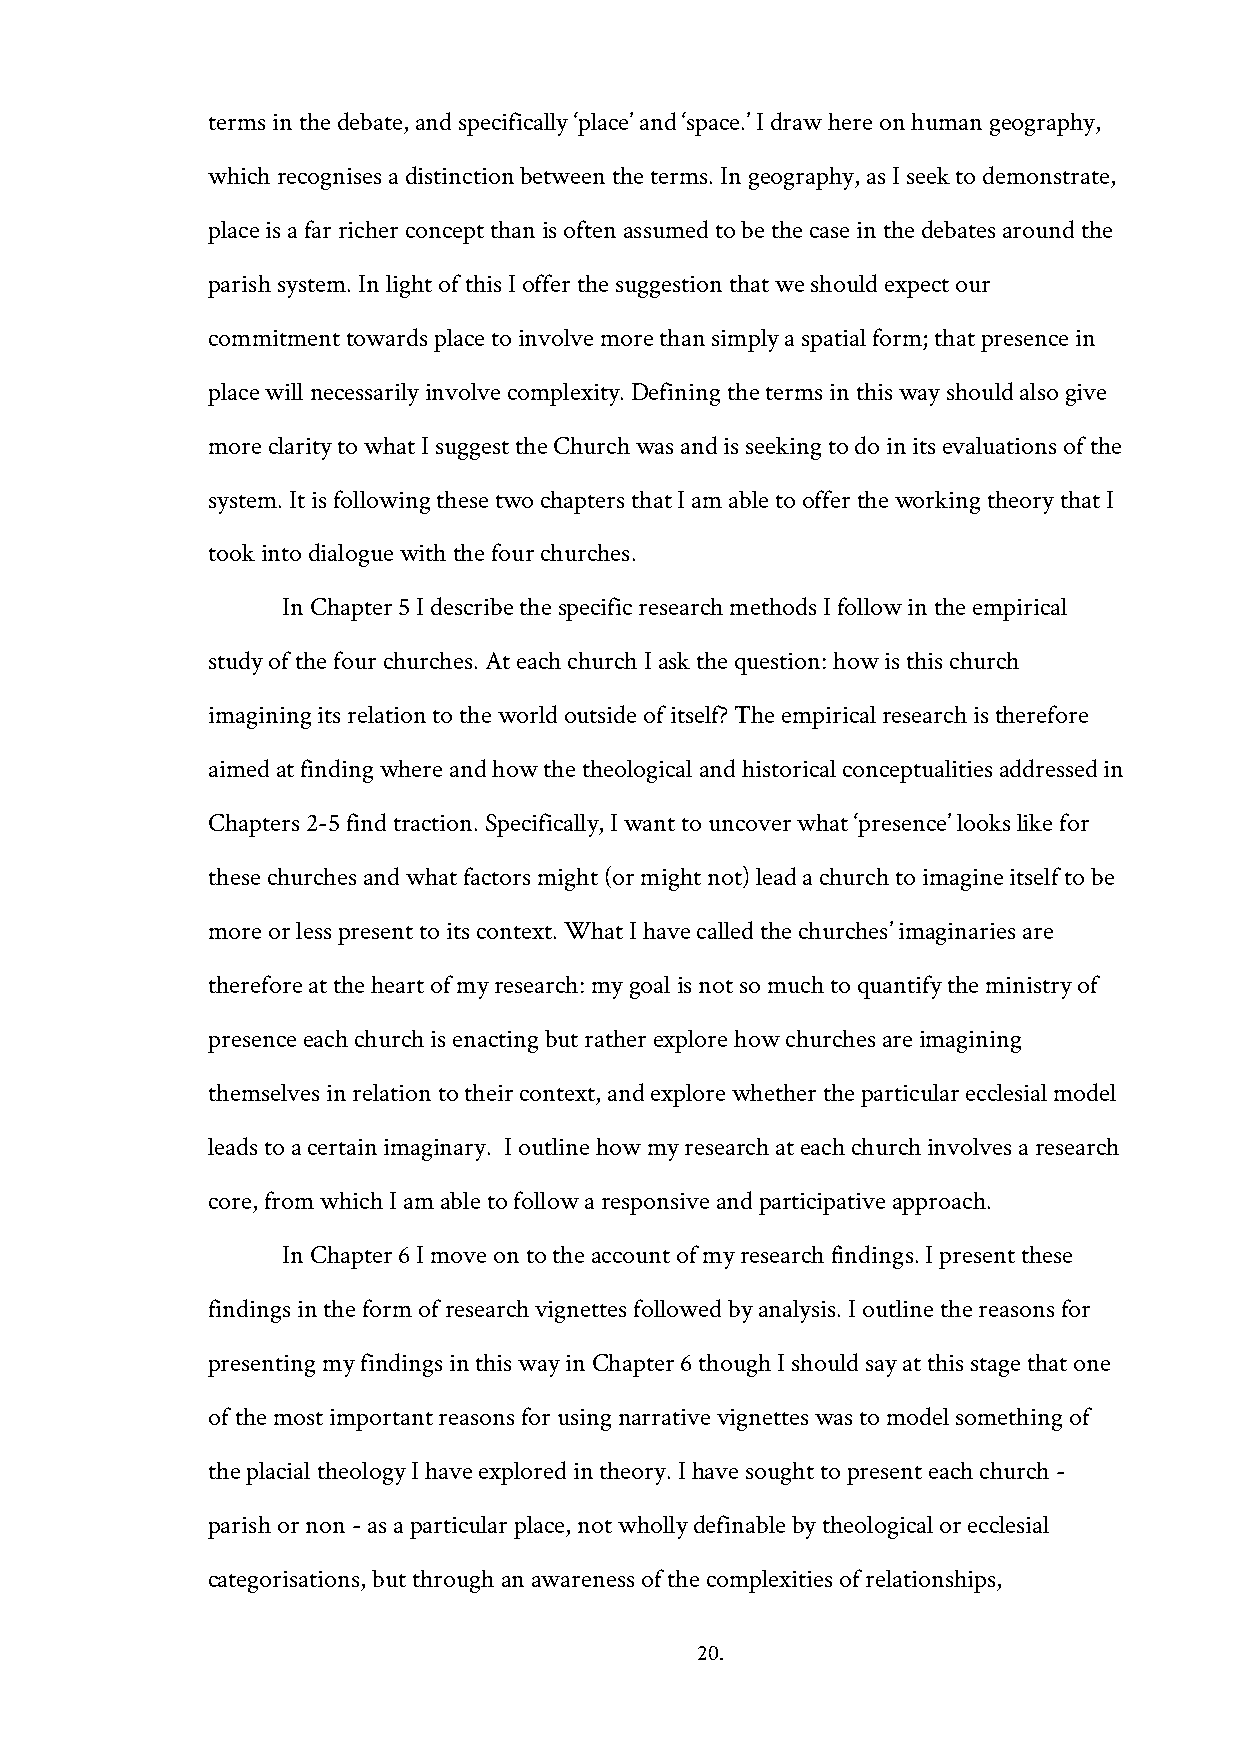
terms in the debate, and specifically ‘place’ and ‘space.’ I draw here on human geography,
 which recognises a distinction between the terms. In geography, as I seek to demonstrate,
 place is a far richer concept than is often assumed to be the case in the debates around the
 parish system. In light of this I offer the suggestion that we should expect our
 commitment towards place to involve more than simply a spatial form; that presence in
 place will necessarily involve complexity. Defining the terms in this way should also give
 more clarity to what I suggest the Church was and is seeking to do in its evaluations of the
 system. It is following these two chapters that I am able to offer the working theory that I
 took into dialogue with the four churches.
 In Chapter 5 I describe the specific research methods I follow in the empirical
 study of the four churches. At each church I ask the question: how is this church
 imagining its relation to the world outside of itself? The empirical research is therefore
 aimed at finding where and how the theological and historical conceptualities addressed in
 Chapters 2-5 find traction. Specifically, I want to uncover what ‘presence’ looks like for
 these churches and what factors might (or might not) lead a church to imagine itself to be
 more or less present to its context. What I have called the churches’ imaginaries are
 therefore at the heart of my research: my goal is not so much to quantify the ministry of
 presence each church is enacting but rather explore how churches are imagining
 themselves in relation to their context, and explore whether the particular ecclesial model
 leads to a certain imaginary. I outline how my research at each church involves a research
 core, from which I am able to follow a responsive and participative approach.
 In Chapter 6 I move on to the account of my research findings. I present these
 findings in the form of research vignettes followed by analysis. I outline the reasons for
 presenting my findings in this way in Chapter 6 though I should say at this stage that one
 of the most important reasons for using narrative vignettes was to model something of
 the placial theology I have explored in theory. I have sought to present each church -
 parish or non - as a particular place, not wholly definable by theological or ecclesial
 categorisations, but through an awareness of the complexities of relationships,
 20.